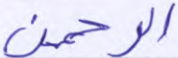
الرحمن